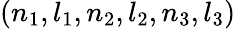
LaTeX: (n_{1},l_{1},n_{2},l_{2},n_{3},l_{3})